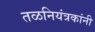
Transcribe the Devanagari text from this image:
तळनियंत्रकांनी